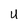
Character: U